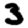
Digit: 3